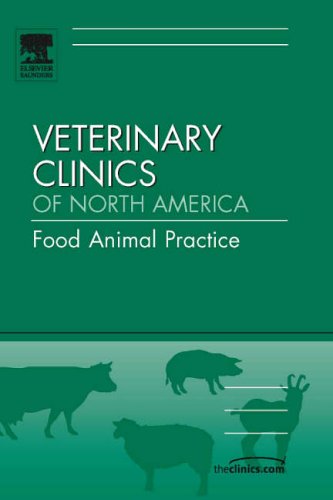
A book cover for Epidemiology, An Issue of Veterinary Clinics: Food Animal Practice, 1e (The Clinics: Veterinary Medicine); Pamela L. Reugg DVM  MPVM; Medical Books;